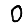
Digit: 0